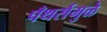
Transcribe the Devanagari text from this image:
पँथर्समुळे